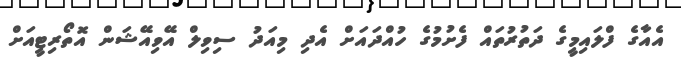
އެއާގެ ފްލައިމީގެ ދަތުރުތައް ފެށުމުގެ ހުއްދައަށް އެދި މިއަދު ސިވިލް އޭވިއޭޝަން އޮތޯރިޓީއަށް